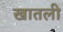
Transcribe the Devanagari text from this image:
खातली